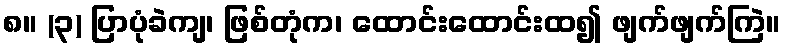
၈။ (၃) ပြာပုံခဲကျ၊ ဖြစ်တုံက၊ ထောင်းထောင်းထ၍ ဖျက်ဖျက်ကြဲ။